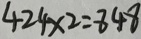
4 2 4 \times 2 = 8 4 8